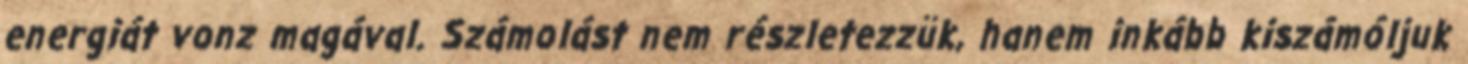
energiát vonz magával. Számolást nem részletezzük, hanem inkább kiszámóljuk